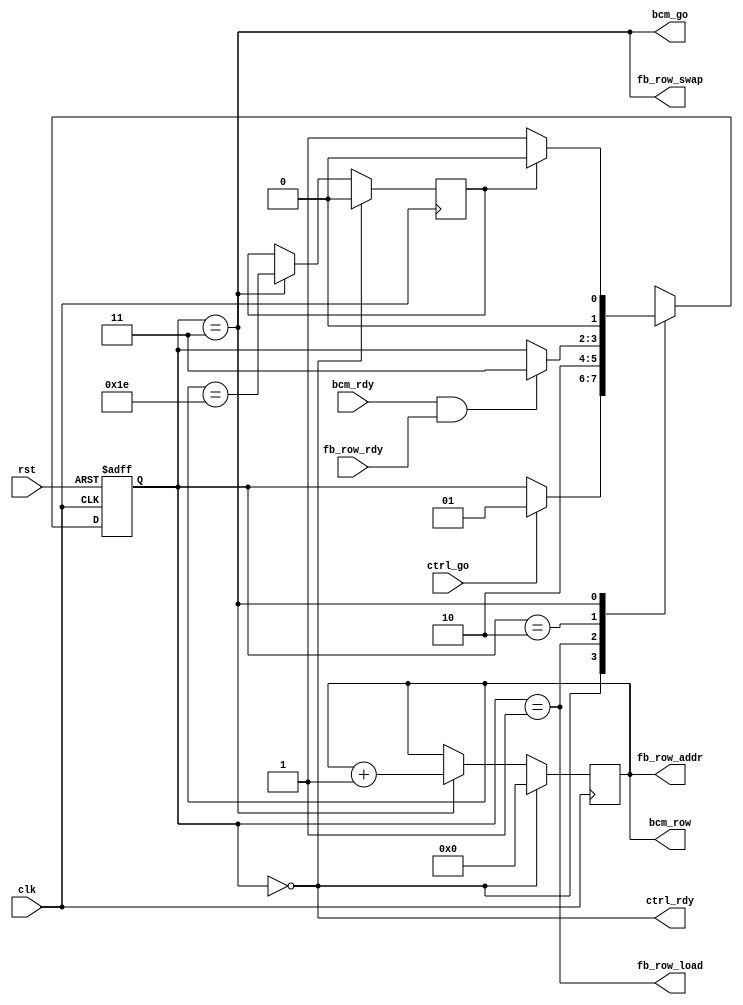
/*
 * hub75_scan.v
 *
 * CERN Open Hardware Licence v1.2 - See LICENSE
 *
 * Copyright (C) 2018  Sylvain Munaut <tnt@246tNt.com>
 *
 * vim: ts=4 sw=4
 */

`default_nettype none

module hub75_scan #(
	parameter integer N_ROWS   = 32,

	// Auto-set
	parameter integer LOG_N_ROWS  = $clog2(N_ROWS)
)(
	// BCM interface
	output wire [LOG_N_ROWS-1:0] bcm_row,
	output wire bcm_go,
	input  wire bcm_rdy,

	// Frame buffer read interface
	output wire [LOG_N_ROWS-1:0] fb_row_addr,
	output wire fb_row_load,	// Back-buffer load request
	input  wire fb_row_rdy,		// Back-buffer loaded
	output wire fb_row_swap,	// Buffer swap

	// Control
	input  wire ctrl_go,
	output wire ctrl_rdy,

	// Clock / Reset
	input  wire clk,
	input  wire rst
);

	// Signals
	// -------

	// FSM
	localparam
		ST_IDLE		= 0,	// Idle
		ST_LOAD		= 1,	// Load back-buffer with next-row
		ST_WAIT		= 2,	// Wait for back-buffer & BCM to be ready
		ST_PAINT	= 3;	// Swap buffer, issue BCM paint, go to next row

	reg [1:0] fsm_state;
	reg [1:0] fsm_state_next;

	// Row counter
	reg [LOG_N_ROWS-1:0] row;
	reg row_last;


	// FSM
	// ---

	// State register
	always @(posedge clk or posedge rst)
		if (rst)
			fsm_state <= ST_IDLE;
		else
			fsm_state <= fsm_state_next;

	// Next-State logic
	always @(*)
	begin
		// Default is to not move
		fsm_state_next = fsm_state;

		// Transitions ?
		case (fsm_state)
			ST_IDLE:
				if (ctrl_go)
					fsm_state_next = ST_LOAD;

			ST_LOAD:
				fsm_state_next = ST_WAIT;

			ST_WAIT:
				if (bcm_rdy & fb_row_rdy)
					fsm_state_next = ST_PAINT;

			ST_PAINT:
				fsm_state_next = row_last ? ST_IDLE : ST_LOAD;
		endcase
	end


	// Row counter
	// -----------

	always @(posedge clk)
		if (fsm_state == ST_IDLE) begin
			row <= 0;
			row_last <= 1'b0;
		end else if (fsm_state == ST_PAINT) begin
			row <= row + 1;
			row_last <= (row == {{(LOG_N_ROWS-1){1'b1}}, 1'b0});
		end


	// External interfaces
	// -------------------

	// BCM
	assign bcm_row = row;
	assign bcm_go  = (fsm_state == ST_PAINT);

	// Frame Buffer pre loader
	assign fb_row_addr = row;
	assign fb_row_load = (fsm_state == ST_LOAD);
	assign fb_row_swap = (fsm_state == ST_PAINT);

	// Ready signal
	assign ctrl_rdy = (fsm_state == ST_IDLE);

endmodule // hub75_scan